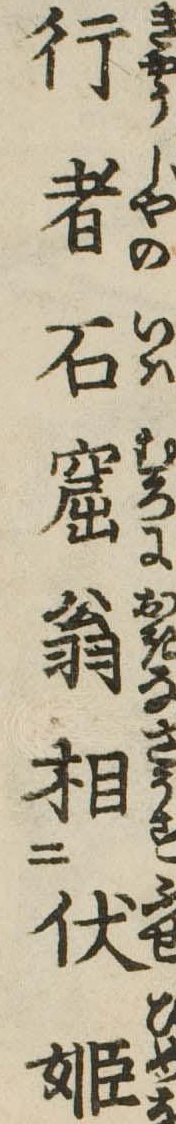
行者石窟翁相伏姫